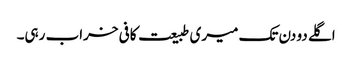
اگلے دو دن تک میری طبیعت کافی خراب رہی۔